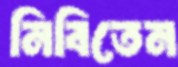
নিবিতেন